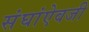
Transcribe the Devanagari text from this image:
संघांऐवजी